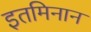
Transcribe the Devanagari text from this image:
इतमिनान